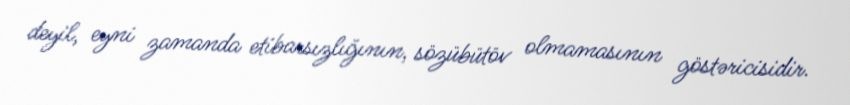
deyil, eyni zamanda etibarsızlığının, sözübütöv olmamasının göstəricisidir.